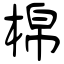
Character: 棉